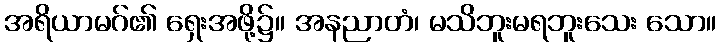
အရိယာမဂ်၏ ရှေးအဖို့၌။ အနညာတံ၊ မသိဘူးမရဘူးသေး သော။